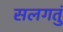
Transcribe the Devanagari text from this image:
सलगतुं